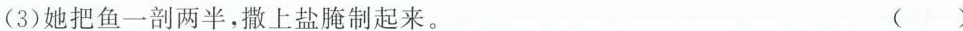
(3)她把鱼一剖两半，撒上盐腌制起来。 ( )